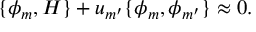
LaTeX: \{ \phi _ { m } , H \} + u _ { m ^ { \prime } } \{ \phi _ { m } , \phi _ { m ^ { \prime } } \} \approx 0 .